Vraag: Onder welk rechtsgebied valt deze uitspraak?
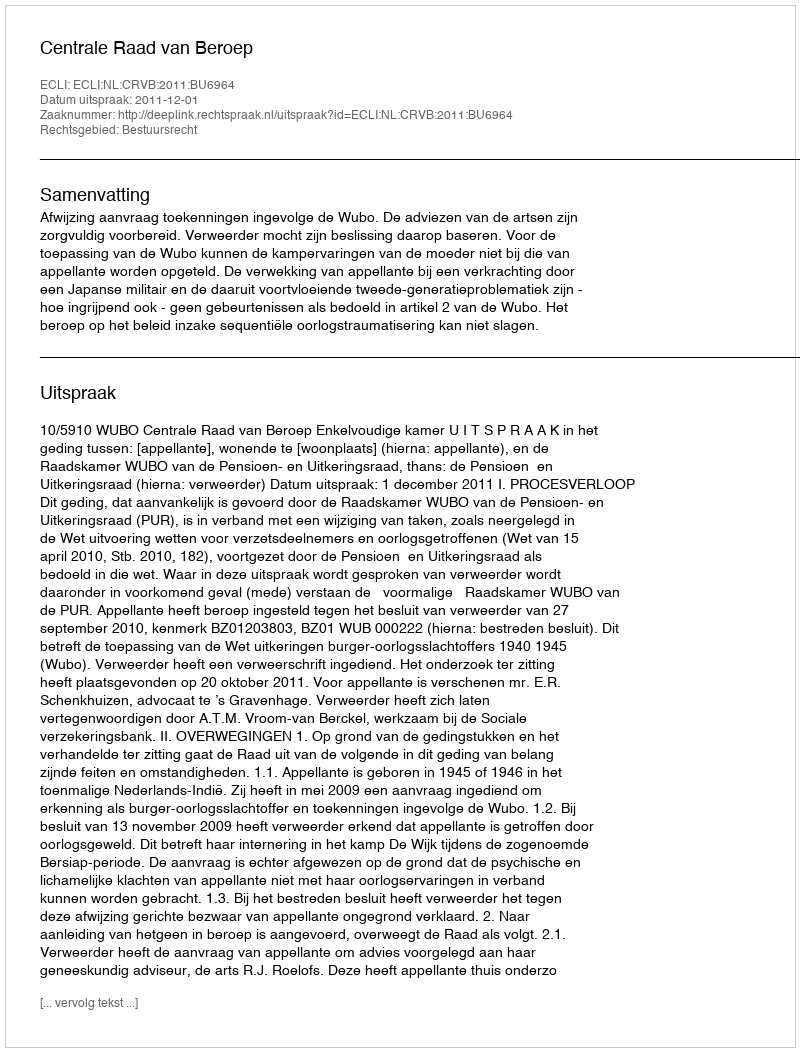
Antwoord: Bestuursrecht